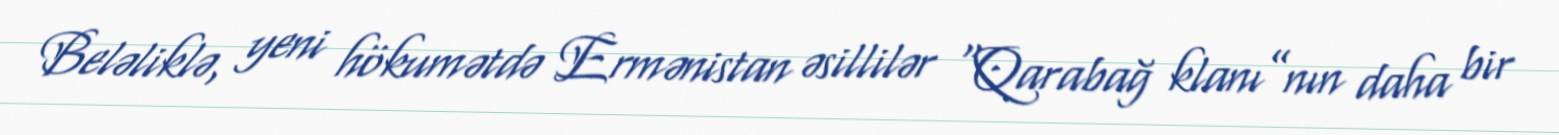
Beləliklə, yeni hökumətdə Ermənistan əsillilər “Qarabağ klanı”nın daha bir